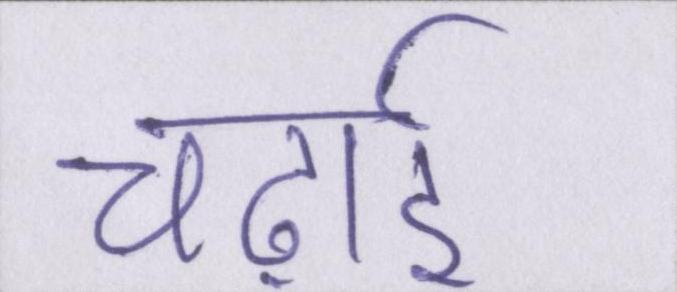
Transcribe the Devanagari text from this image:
चढ़ाई